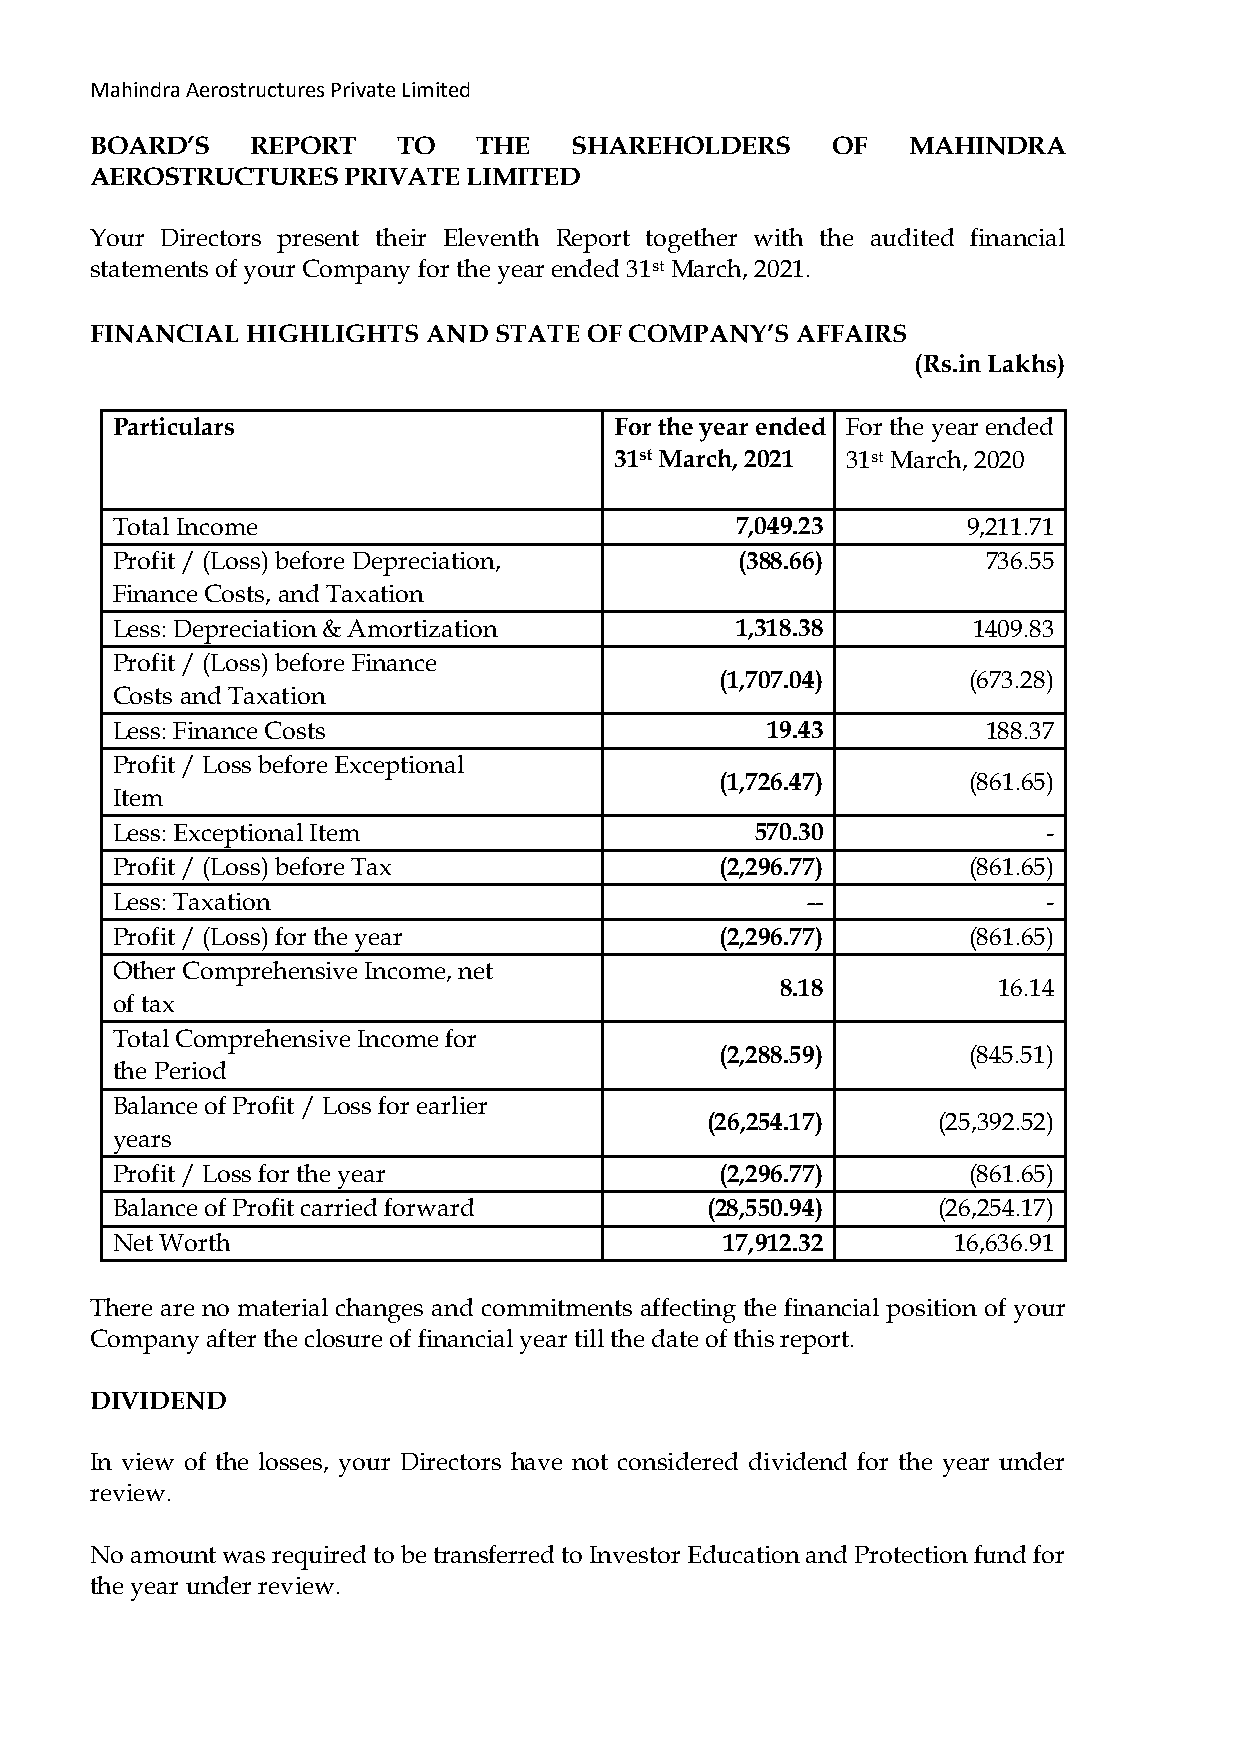
Mahindra Aerostructures Private Limited
 BOARD’S    REPORT   TO    THE   SHAREHOLDERS     OF   MAHINDRA
 AEROSTRUCTURES   PRIVATE LIMITED
 Your Directors present their Eleventh Report together with the audited financial
 statements of your Company for the year ended 31st March, 2021.
 FINANCIAL HIGHLIGHTS  AND  STATE OF COMPANY’S  AFFAIRS
 (Rs.in Lakhs)
 Particulars                       For the year ended For the year ended
 31st March, 2021 31st March, 2020
 Total Income                              7,049.23       9,211.71
 Profit / (Loss) before Depreciation,      (388.66)        736.55
 Finance Costs, and Taxation
 Less: Depreciation & Amortization         1,318.38       1409.83
 Profit / (Loss) before Finance
 (1,707.04)      (673.28)
 Costs and Taxation
 Less: Finance Costs                         19.43         188.37
 Profit / Loss before Exceptional
 (1,726.47)      (861.65)
 Item
 Less: Exceptional Item                     570.30             -
 Profit / (Loss) before Tax               (2,296.77)      (861.65)
 Less: Taxation                                --              -
 Profit / (Loss) for the year             (2,296.77)      (861.65)
 Other Comprehensive Income, net
 8.18          16.14
 of tax
 Total Comprehensive Income for
 (2,288.59)      (845.51)
 the Period
 Balance of Profit / Loss for earlier
 (26,254.17)    (25,392.52)
 years
 Profit / Loss for the year               (2,296.77)      (861.65)
 Balance of Profit carried forward       (28,550.94)    (26,254.17)
 Net Worth                                17,912.32      16,636.91
 There are no material changes and commitments affecting the financial position of your
 Company after the closure of financial year till the date of this report.
 DIVIDEND
 In view of the losses, your Directors have not considered dividend for the year under
 review.
 No amount was required to be transferred to Investor Education and Protection fund for
 the year under review.